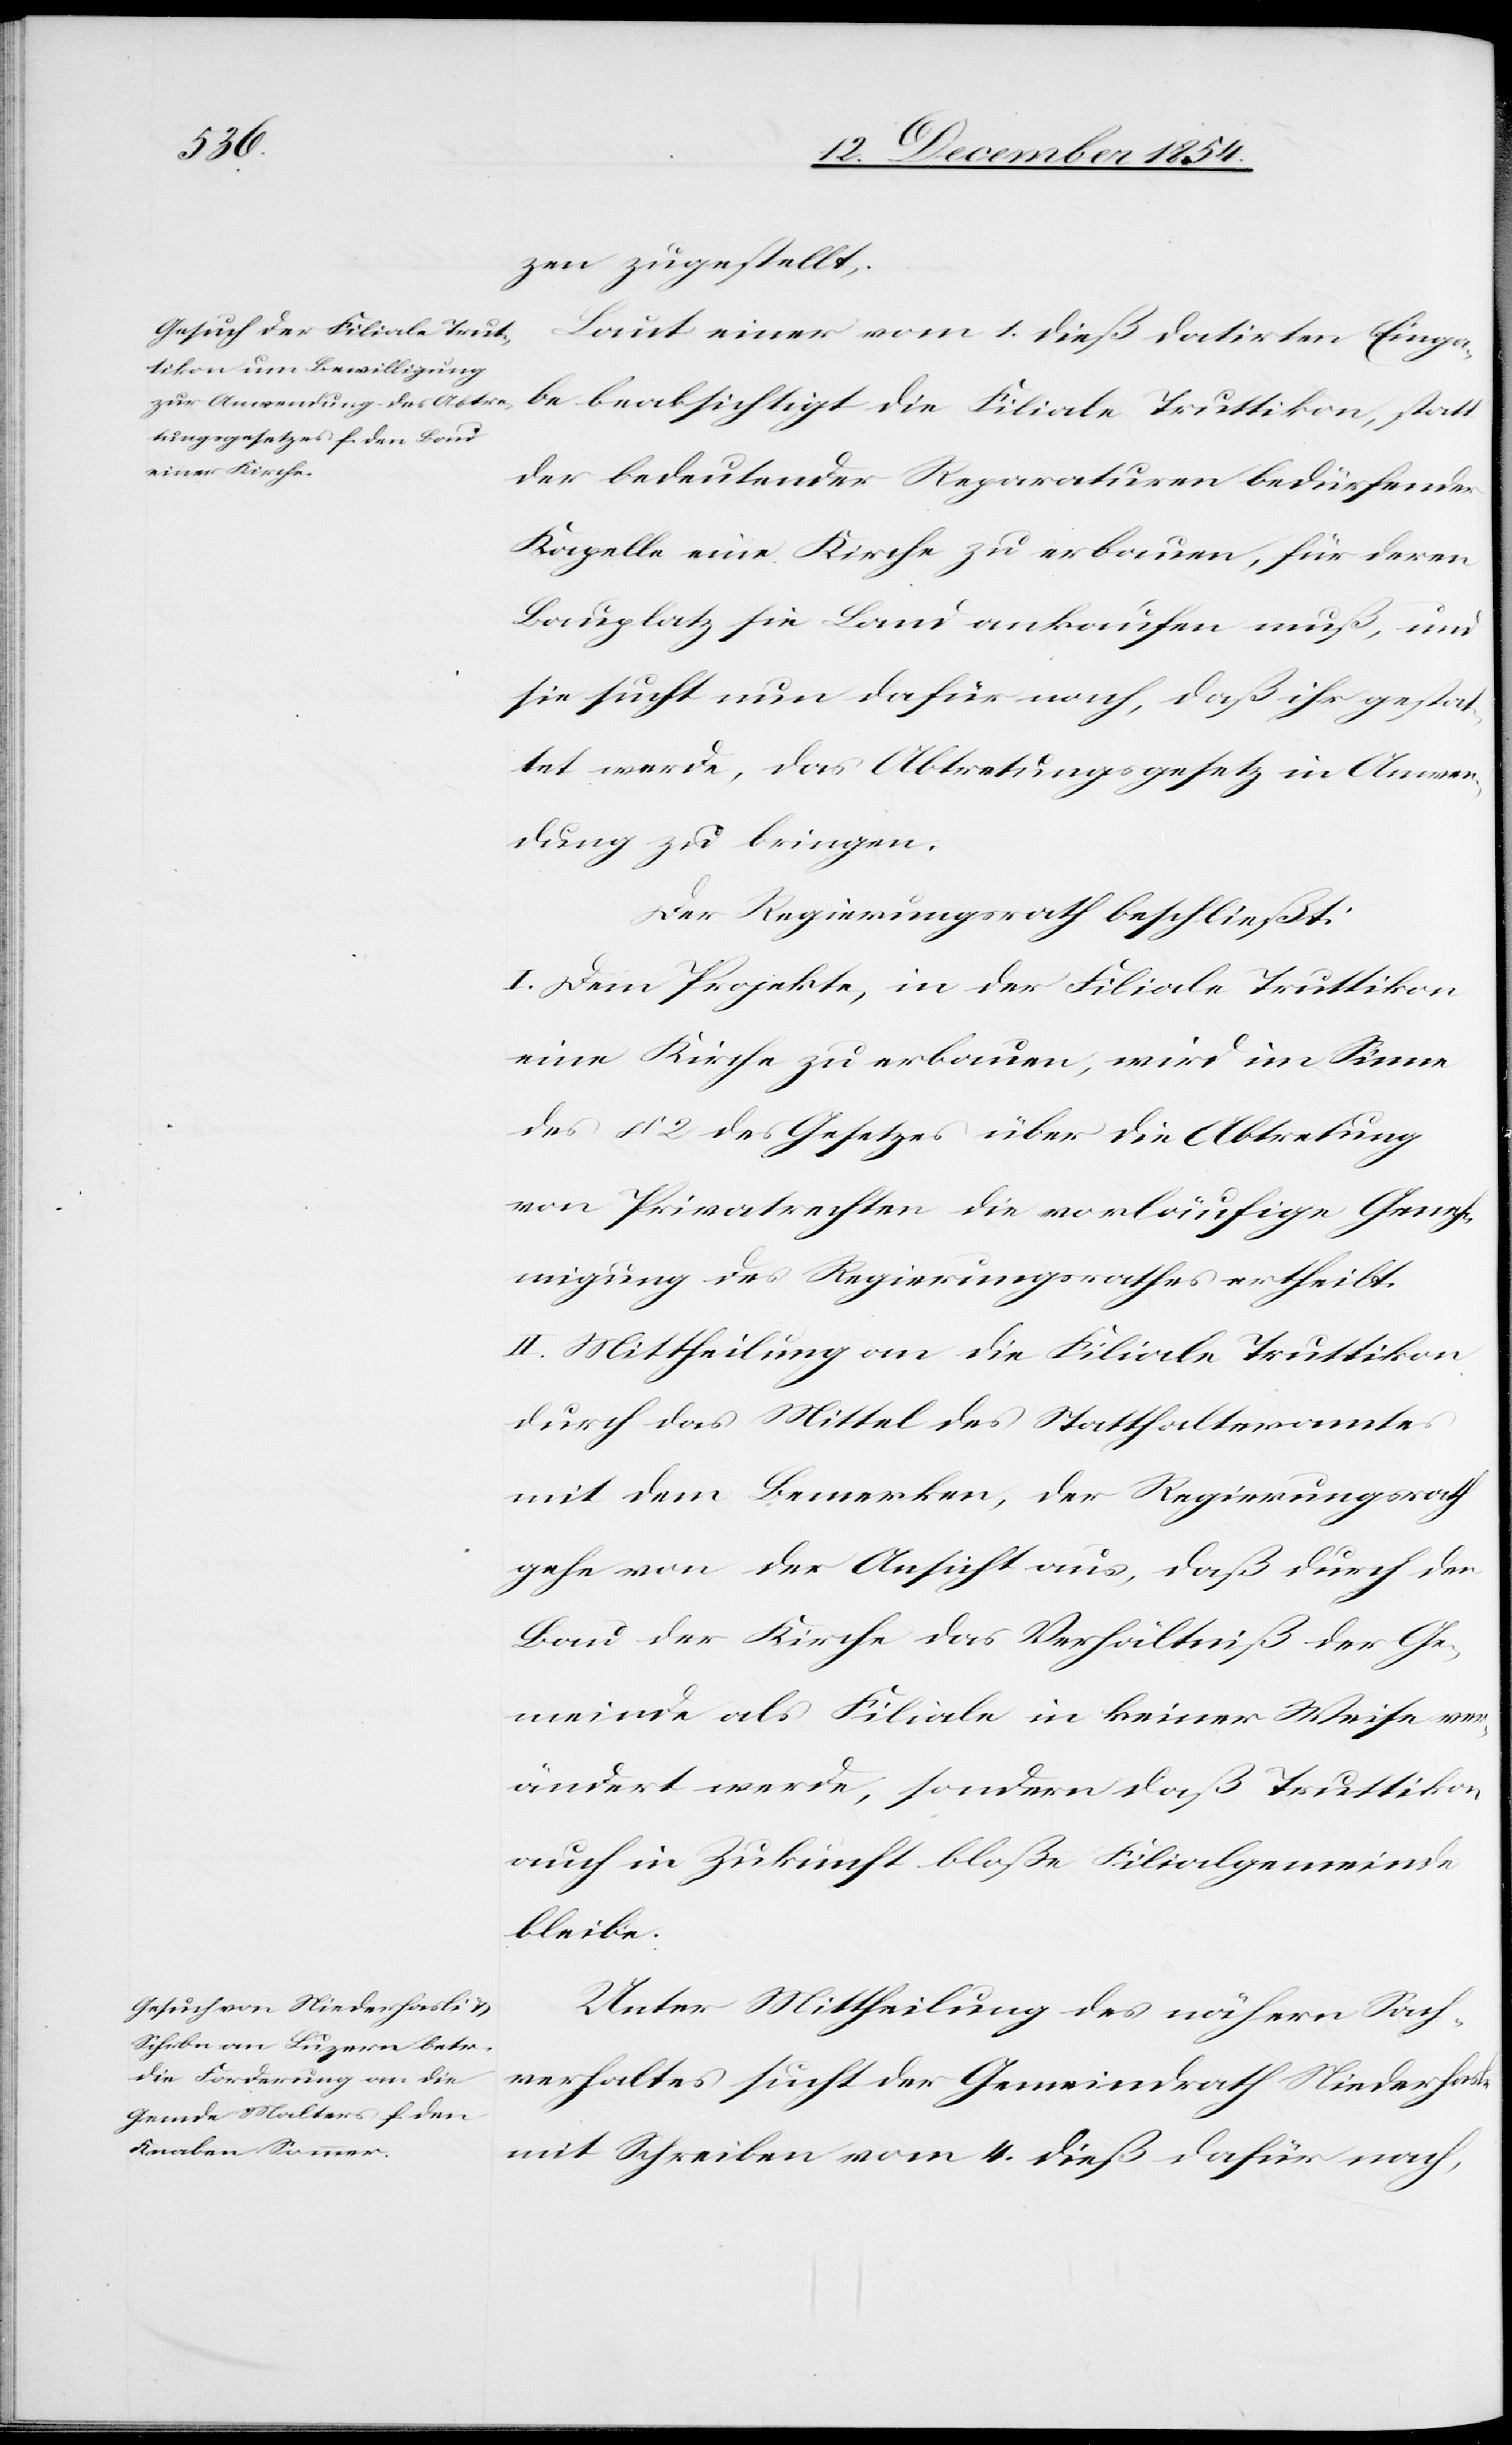
zen zugestellt.
Laut einer vom 1. dieß datirten Einga¬
be beabsichtigt die Filiale Truttikon, statt
der bedeutender Reparaturen bedürfender
Kapelle eine Kirche zu erbauen, für deren
Bauplatz sie Land ankaufen muß, und
sie sucht nun dafür nach, daß ihr gestat¬
tet werde, das Abtretungsgesetz in Anwen¬
dung zu bringen.
Der Regierungsrath beschließt:
I. Dem Projekte, in der Filiale Truttikon
eine Kirche zu erbauen, wird im Sinne
des § 2 des Gesetzes über Abtretung
von Privatrechten die vorläufige Geneh¬
migung des Regierungsrathes ertheilt.
II. Mittheilung an die Filiale Truttikon
durch das Mittel des Statthalteramtes
mit dem Bemerken, der Regierungsrath
gehe von der Ansicht aus, daß durch den
Bau der Kirche das Verhältniß der Ge¬
meinde als Filiale in keiner Weise ver¬
ändert werde, sondern daß Truttikon
auch in Zukunft bloße Filialgemeinde
bleibe.
Unter Mittheilung des nähern Sach¬
verhaltes sucht der Gemeindrath Niederhasle
mit Schreiben vom 4. dieß dafür nach,